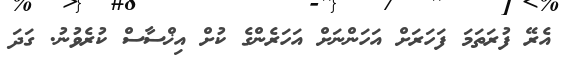
އެރޭ ފުރަތަމަ ފަހަރަށް އަހަންނަށް އަހަރެންގެ ކުށް އިޚްސާސް ކުރެވުނު. ގަދަ